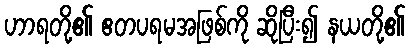
ဟာရတို့၏ ဧတပရမအဖြစ်ကို ဆိုပြီး၍ နယတို့၏